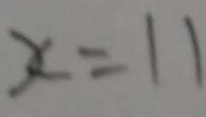
x = 1 1